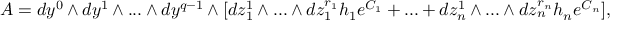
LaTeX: { \cal A } = d y ^ { 0 } \wedge d y ^ { 1 } \wedge . . . \wedge d y ^ { q - 1 } \wedge [ d z _ { 1 } ^ { 1 } \wedge . . . \wedge d z _ { 1 } ^ { r _ { 1 } } h _ { 1 } e ^ { C _ { 1 } } + . . . + d z _ { n } ^ { 1 } \wedge . . . \wedge d z _ { n } ^ { r _ { n } } h _ { n } e ^ { C _ { n } } ] ,